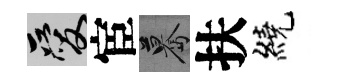
爱宦驀扶繞